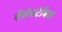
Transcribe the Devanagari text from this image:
रीसेक्टेबिल